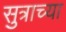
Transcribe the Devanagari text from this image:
सुत्राच्या